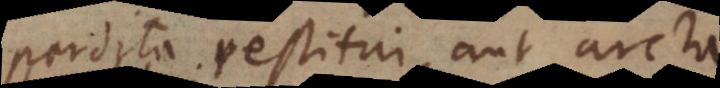
perdita restitui, aut arcta